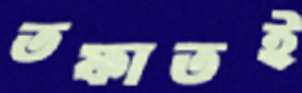
তফাতই